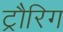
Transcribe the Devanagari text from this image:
ट्रौरिग